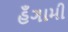
હઁગામી